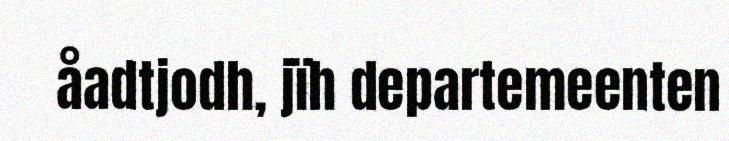
åadtjodh, jïh departemeenten